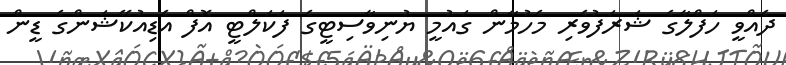
ދެއްވީ ހަފްލާގެ ޝަރަފުވެރި މެހުމާން ގައުމީ ޔުނިވާސިޓީގެ ފަކަލްޓީ އޮފް އެޑިއުކޭޝަންގެ ޑީން